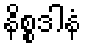
နိစ္စဒါနံ